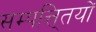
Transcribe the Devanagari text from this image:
सम्पत्ति्तयों